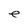
Character: e